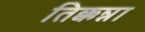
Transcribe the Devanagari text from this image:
तिक्कन्ना